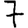
Digit: 7